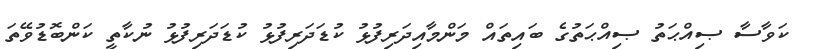
ކަވާސާ ޞިއްޙަތު ޞިއްޙަތުގެ ބައިތައް މަންމާއިދަރިފުޅު ކުޑަދަރިފުޅު ކުޑަދަރިފުޅު ނުކާތީ ކަންބޮޑުވޭތަ